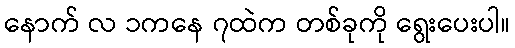
နောက် လ ၁ကနေ ၇ထဲက တစ်ခုကို ရွေးပေးပါ။